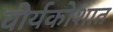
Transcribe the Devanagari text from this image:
वीर्यकोशात